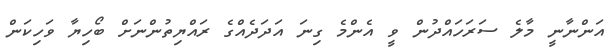
އަންނާނީ މާލެ ސަރަހައްދުން ވީ އެންމެ ގިނަ އަދަދެއްގެ ރައްޔިތުންނަށް ބޯހިޔާ ވަހިކަން